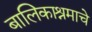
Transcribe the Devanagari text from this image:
बालिकाश्रमाचे